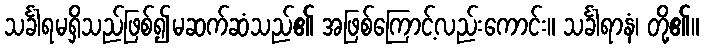
သင်္ခါရမရှိသည်ဖြစ်၍မဆက်ဆံသည်၏ အဖြစ်ကြောင့်လည်းကောင်း။ သင်္ခါရာနံ၊ တို့၏။